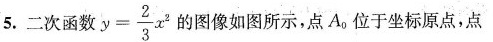
5. 二次函数 $$y = \frac { 2 } { 3 } x ^ { 2 }$$ 的图像如图所示，点A_{0} 位于坐标原点，点